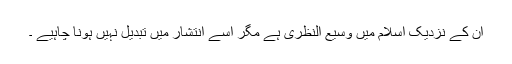
ان کے نزدیک اسلام میں وسیع النظری ہے مگر اسے انتشار میں تبدیل نہیں ہونا چاہیے ۔